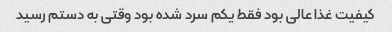
کیفیت غذا عالی بود فقط یکم سرد شده بود وقتی به دستم رسید